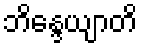
ဘိန္ဒေယျာတိ